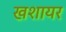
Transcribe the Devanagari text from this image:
खशायर